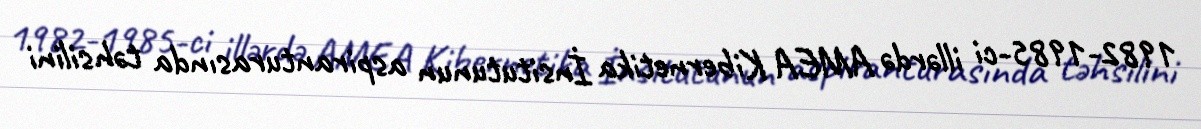
1982-1985-ci illərdə AMEA Kibernetika İnsitutunun aspiranturasında təhsilini